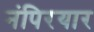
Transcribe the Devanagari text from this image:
नंपिरयार